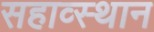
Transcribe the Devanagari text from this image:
सहाव्स्थान